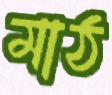
মাঠ